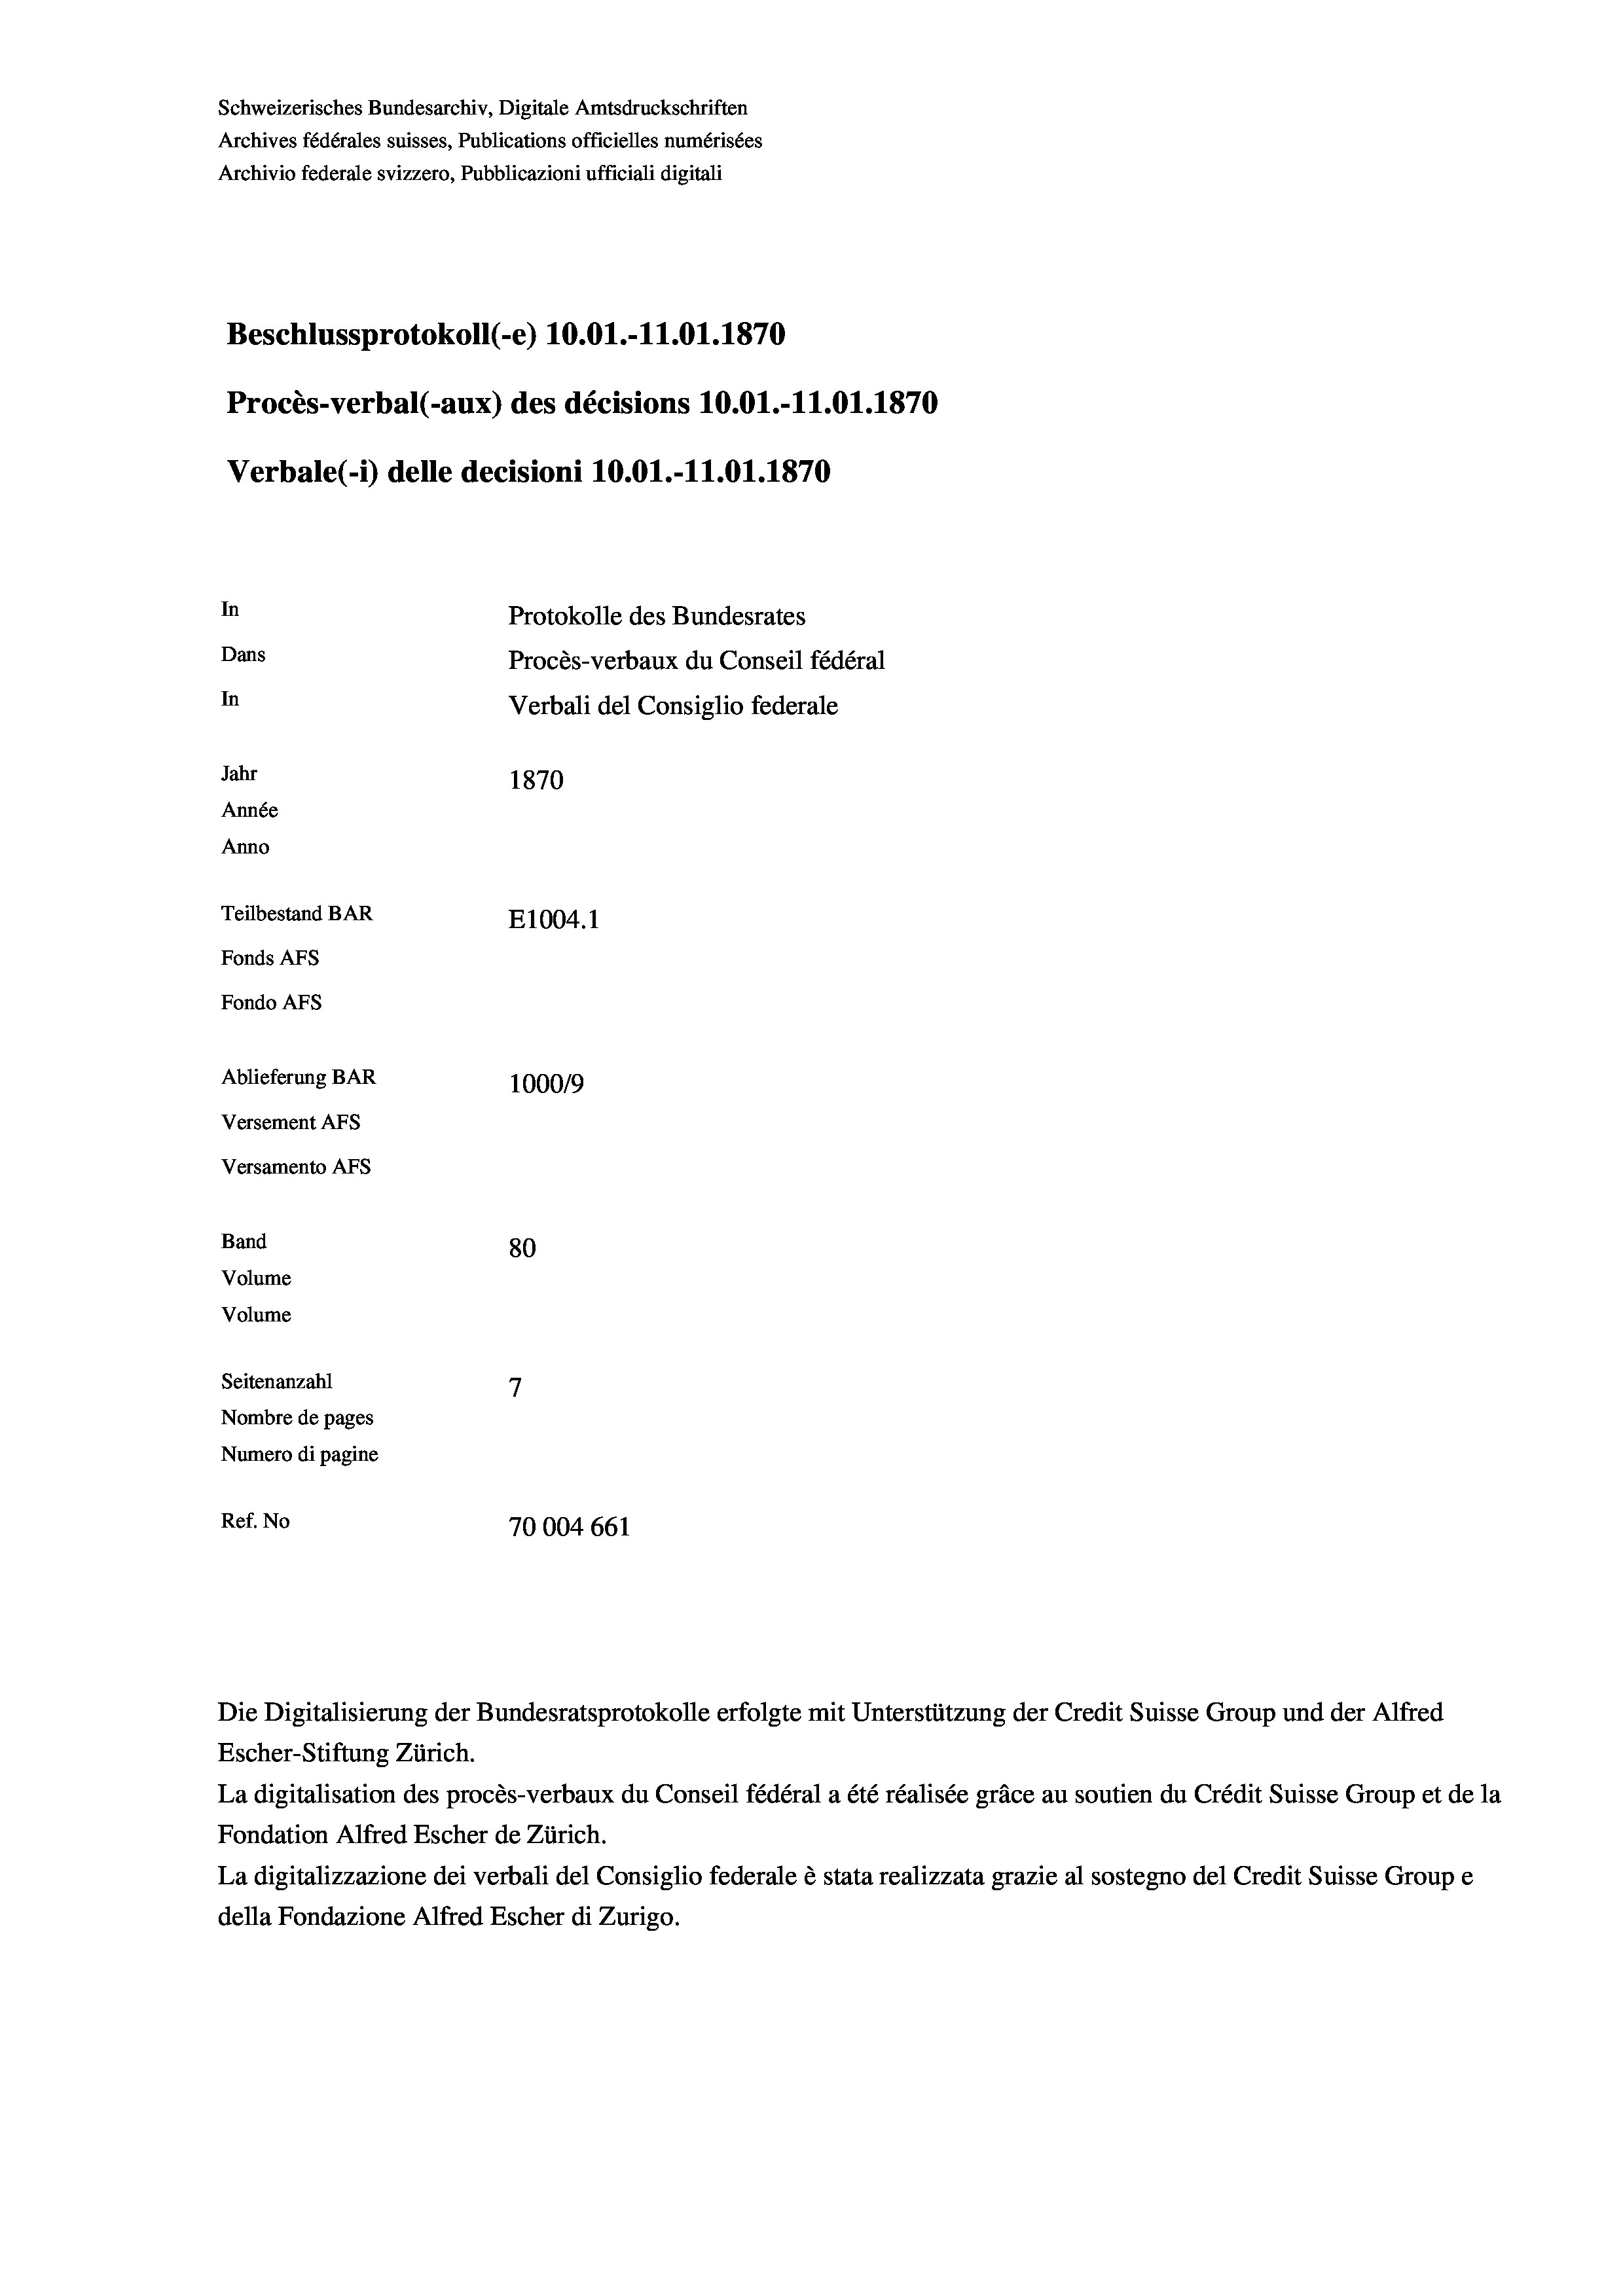
Schweizerisches Bundesarchiv, Digitale Amtsdruckschriften
Archives fédérales suisses, Publications officielles numérisées
Archivio federale svizzero, Pubblicazioni ufficiali digitali
Beschlussprotokoll (-e) 10.01.-11.01. 1870
Procès-verbal (-aux) des décisions 10.01.-11.01. 1870
Verbale(-*) delle decisioni 10.01.-11.01. 1870
In
Protokolle des Bundesrates
Dans
Procès-verbaux du Conseil fédéral
In
Verbali del Consiglio federale
Jahr
1870
Année
Anno
Teilbestand BAR
E1004.1
Fonds AFs
Fondo AFs
Ablieferung BAR
100019
Versement AFs
Versamento AFs
Band
80
Volume
Volume
7
Seitenanzahl
Nombre de pages
Numero di pagine
Ref. No
70004 661

La digitalisation des procès-verbaux du Conseil fédéral a été réalisée gräce au soutien du Crédit Suisse Group et de la
Fondation Alfred Escher de Zürich.
La digitalizzazione dei verbali del Consiglio federale è stata realizzata grazie al sostegno del Credit Suisse Groupe
della Fondazione Alfred Escher di Zurigo.

Die Digitalisierung der Bundesratsprotokolle erfolgte mit Unterstützung der Credit Suisse Group und der Alfred
Escher-Stiftung Zürich.